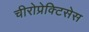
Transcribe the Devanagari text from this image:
चीरोप्रेक्टिसेस